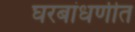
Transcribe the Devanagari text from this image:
घरबांधणीत